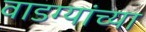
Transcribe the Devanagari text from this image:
वाडग्यांच्या